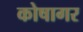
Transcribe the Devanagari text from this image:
कोषागर